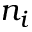
n _ { i }